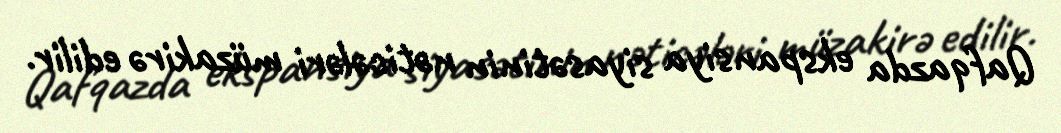
Qafqazda ekspansiya siyasətinin nəticələri müzakirə edilir.